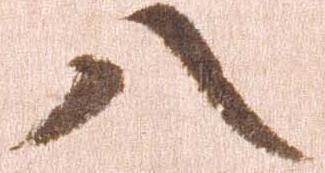
八